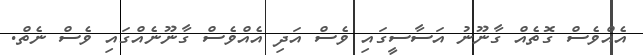
އެއްވެސް ގޮތެއް ގާނޫނު އަސާސީގައި ވެސް އަދި އެއްވެސް ގާނޫނެއްގައި ވެސް ނެތް.